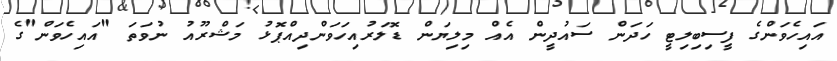
އައިހެވަންގެ ފީސިބިލިޓީ ހަދަން ސައުދީން އެއް މިލިޔަން ޑޮލަރުއިހަވަންދިއްޕޮޅު މަޝްރޫއު ނުވަތަ "އައިހެވަން"ގެ